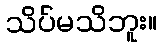
သိပ်မသိဘူး။